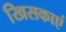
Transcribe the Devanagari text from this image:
खिसकाएं